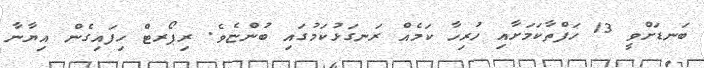
ބަނޑަށްވީ 13 ހަފްތާކަމަށާއި ހުރިހާ ކަމެއް ރަނގަޅުކަމުގައި ބުންޏެވެ. ރިޕޯރޓް ހިފައިގެން އިޔާނާ